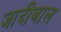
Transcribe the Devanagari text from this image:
जादीबाल